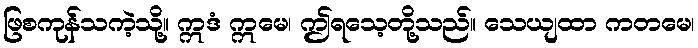
ဖြစကုန်သကဲ့သို့။ ဣဒံ ဣမေ၊ ဤရသေ့တို့သည်။ သေယျထာ ကတမေ၊